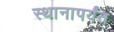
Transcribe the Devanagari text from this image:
स्थानापर्यंत